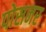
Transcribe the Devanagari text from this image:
पोसनर